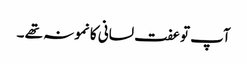
آپ توعفت لسانی کا نمونہ تھے ۔